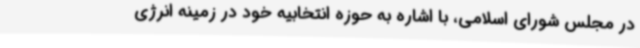
در مجلس شورای اسلامی، با اشاره به حوزه‌ انتخابیه خود در زمینه انرژی